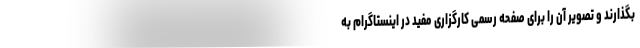
بگذارند و تصویر آن را برای صفحه رسمی کارگزاری مفید در اینستاگرام به